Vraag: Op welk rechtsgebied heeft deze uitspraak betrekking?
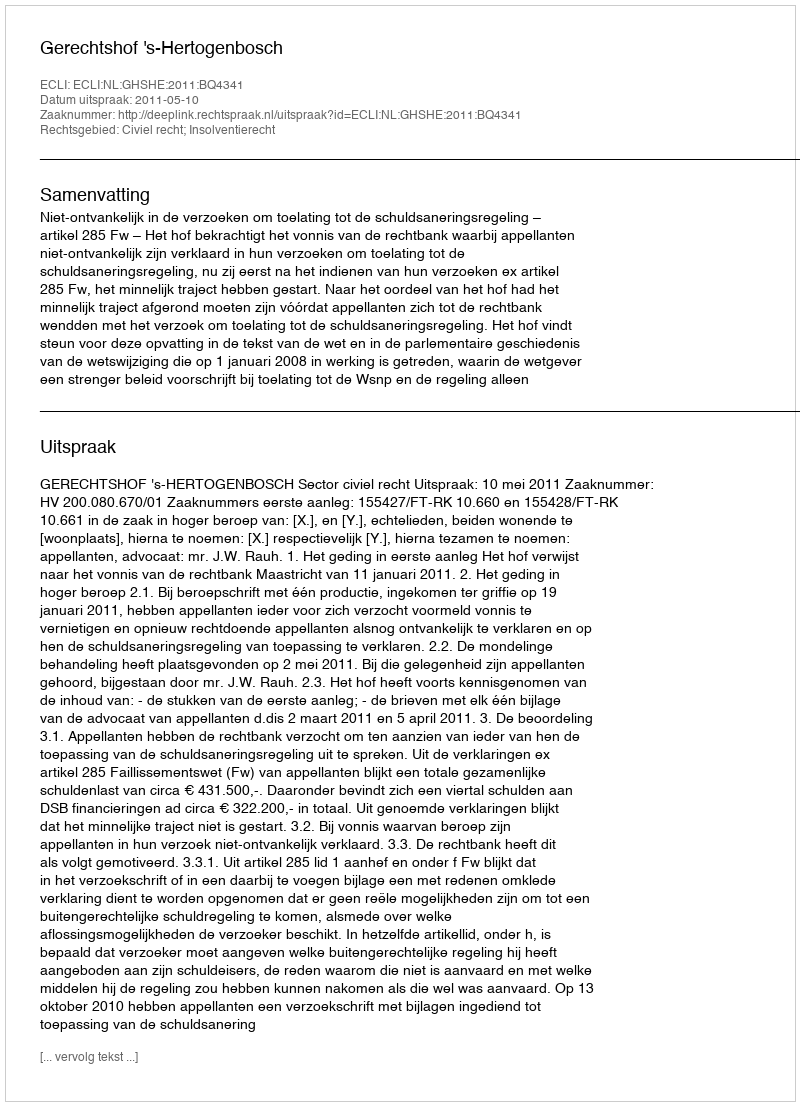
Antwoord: Civiel recht; Insolventierecht